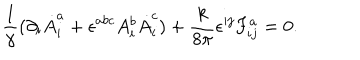
LaTeX: \frac { 1 } { \gamma } ( \partial _ { i } \dot { A } _ { i } ^ { a } + \epsilon ^ { a b c } A _ { i } ^ { b } \dot { A } _ { i } ^ { c } ) + \frac { k } { 8 \pi } \epsilon ^ { i j } F _ { i j } ^ { a } = 0 .